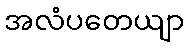
အလံပတေယျာ